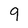
Character: 9